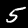
Digit: 5